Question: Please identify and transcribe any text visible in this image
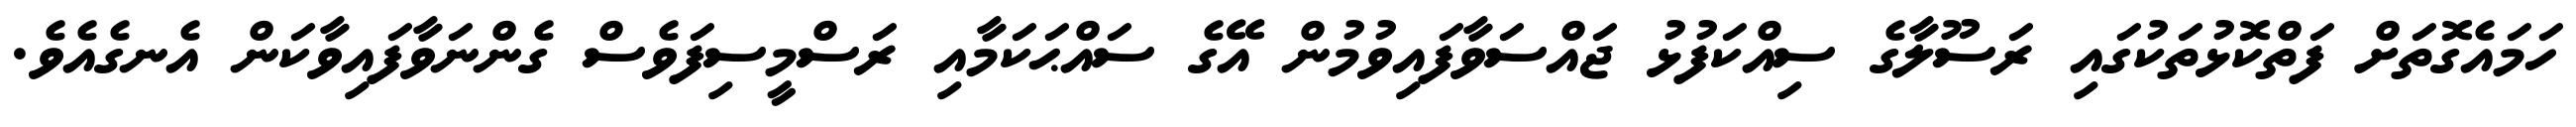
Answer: ހަމައެގޮތަށް ފަތްކޮޅުތަކުގައި ރަސޫލާގެ ސިއްކަފުޅު ޖައްސަވާފައިވުމުން އޭގެ ސައްޙަކަމާއި ރަސްމީސިފަވެސް ގެންނަވާފައިވާކަން އެނގެއެވެ.